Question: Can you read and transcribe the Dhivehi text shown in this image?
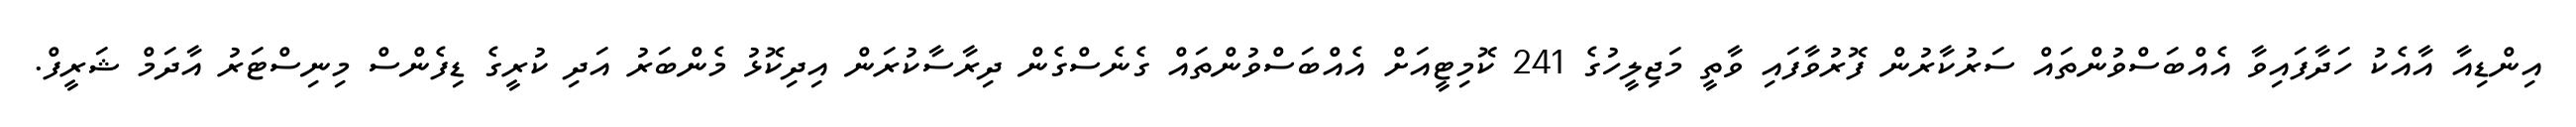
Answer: އިންޑިއާ އާއެކު ހަދާފައިވާ އެއްބަސްވުންތައް ސަރުކާރުން ފޮރުވާފައި ވާތީ މަޖިލީހުގެ 241 ކޮމިޓީއަށް އެއްބަސްވުންތައް ގެނެސްގެން ދިރާސާކުރަން އިދިކޮޅު މެންބަރު އަދި ކުރީގެ ޑިފެންސް މިނިސްޓަރު އާދަމް ޝަރީފް.